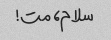
سلام، مت!